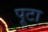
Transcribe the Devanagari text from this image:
पूटा